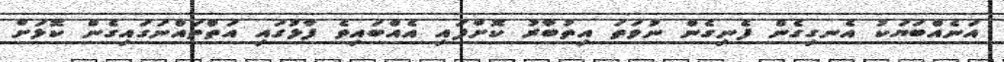
އަނެއްބަޔަކު އެނގިގެން ފެނިގެން ނުވަތަ އިތުބާރު ކޮށްފައި އެއްބައިވެ ފާޅުގައި އަތްތައްނަގައިގެން ކޮޅަށް